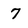
Character: 7